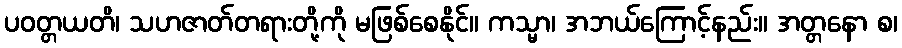
ပဝတ္တယတိ၊ သဟဇာတ်တရားတို့ကို မဖြစ်စေနိုင်။ ကသ္မာ၊ အဘယ်ကြောင့်နည်း။ အတ္တနော စ၊